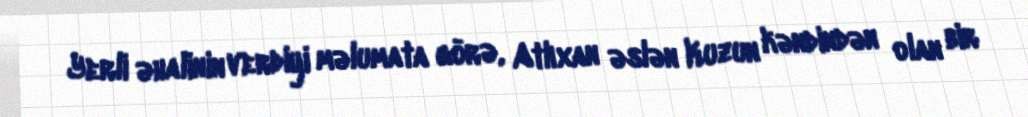
Yerli əhalinin verdiyi məlumata görə, Atlıxan əslən Kuzun kəndindən olan bir